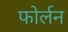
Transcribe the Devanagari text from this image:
फोर्लन